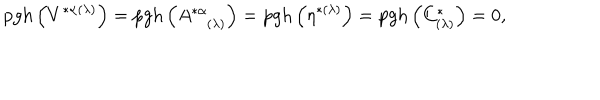
LaTeX: \mathrm { p g h } \left( V ^ { * \alpha ( \lambda ) } \right) = \mathrm { p g h } \left( A _ { ( \lambda ) } ^ { * \alpha } \right) = \mathrm { p g h } \left( \eta ^ { * ( \lambda ) } \right) = \mathrm { p g h } \left( C _ { ( \lambda ) } ^ { * } \right) = 0 ,